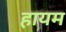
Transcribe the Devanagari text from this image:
हायम